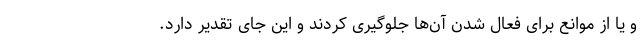
و یا از موانع برای فعال شدن آن‌ها جلوگیری کردند و این جای تقدیر دارد.